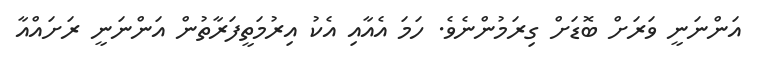
އަންނަނީ ވަރަށް ބޮޑަށް ގިރަމުންނެވެ. ހަމަ އެއާއި އެކު އިރުމަތީފަރާތުން އަންނަނީ ރަށައްއާ